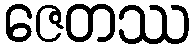
ဇေတဿ